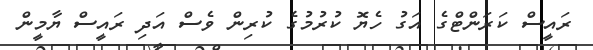
ރައީސް ކަރަންޓްގެ އަގު ހެޔޮ ކުރުމުގެ ކުރިން ވެސް އަދި ރައީސް ޔާމީން